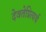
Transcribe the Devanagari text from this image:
देवतेप्रित्यर्थ